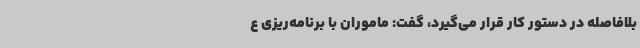
بلافاصله در دستور کار قرار می‌گیرد، گفت: ماموران با برنامه‌ریزی ع